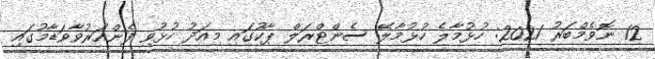
12 ނޮވެމްބަރު 2021: ހުޅުމާލެ ހުޅުމާލޭ ސެންޓްރަލް ޕާކުގައި މިއަދު ހުޅުވި ފެންއަރުވާވަޑާމުގައި